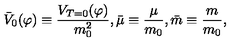
{ \bar { V } _ { 0 } } ( \varphi ) \equiv { \frac { V _ { T = 0 } ( \varphi ) } { m _ { 0 } ^ { 2 } } } , { \bar { \mu } } \equiv { \frac { \mu } { m _ { 0 } } } , { \bar { m } } \equiv { \frac { m } { m _ { 0 } } } ,